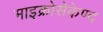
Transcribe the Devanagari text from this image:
माइक्रोसेकेण्द